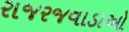
રાજરજવાડાઓ